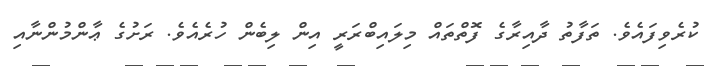
ކުރެވިފައެވެ. ތަފާތު ދާއިރާގެ ފޮތްތައް މިލައިބްރަރީ އިން ލިބެން ހުރެއެވެ. ރަށުގެ ޢާންމުންނާއި